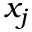
x _ { j }